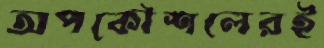
অপকৌশলেরই